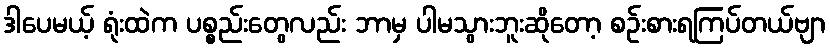
ဒါပေမယ့် ရုံးထဲက ပစ္စည်းတွေလည်း ဘာမှ ပါမသွားဘူးဆိုတော့ စဉ်းစားရကြပ်တယ်ဗျာ